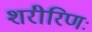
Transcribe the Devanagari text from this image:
शरीरिणः